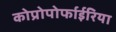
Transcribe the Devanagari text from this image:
कोप्रोपोर्फाईरिया